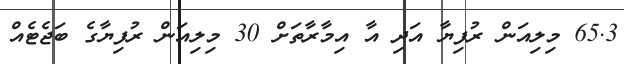
65.3 މިލިއަން ރުފިޔާ އަދި އާ އިމާރާތަށް 30 މިލިއަން ރުފިޔާގެ ބަޖެޓެއް